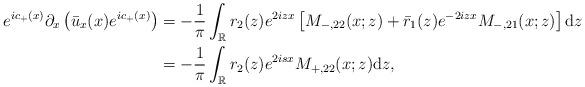
LaTeX: \begin{align*}e^{ic_+(x)} \partial_{x}\left(\bar{u}_x(x) e^{ic_+(x)}\right)&=-\frac{1}{\pi} \int_{\mathbb{R}} r_2(z) e^{2 iz x}\left[M_{-,22}(x;z)+\bar{r}_1(z)e^{-2izx} M_{-,21}(x ;z)\right] \mathrm{d}z \\&=-\frac{1}{\pi} \int_{\mathbb{R}} r_2(z) e^{2isx} M_{+,22}(x;z)\mathrm{d}z,\end{align*}